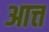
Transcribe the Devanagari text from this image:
आत्त